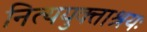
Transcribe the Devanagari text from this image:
नित्ययुक्ताश्रयः